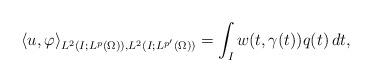
LaTeX: \begin{align*}\langle u,\varphi\rangle_{L^2(I;L^p(\Omega)),L^2(I;L^{p'}(\Omega))} = \int_I w(t,\gamma(t))q(t) \,dt,\end{align*}